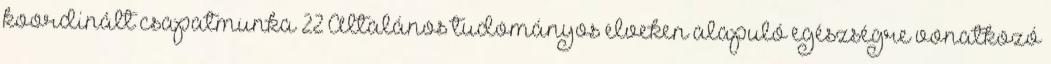
koordinált csapatmunka 22 Általános tudományos elveken alapuló egészségre vonatkozó